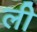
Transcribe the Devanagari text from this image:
ली